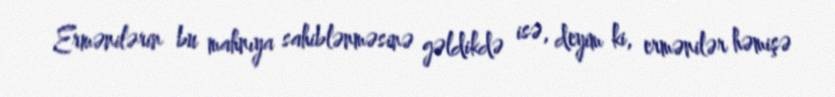
Ermənilərin bu mahnıya sahiblənməsinə gəldikdə isə, deyim ki, ermənilər həmişə